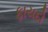
ફાયદો